Civil Veterinary Dept. North-West Frontier Province 1933-46 - 1933-1946
Year: 1933
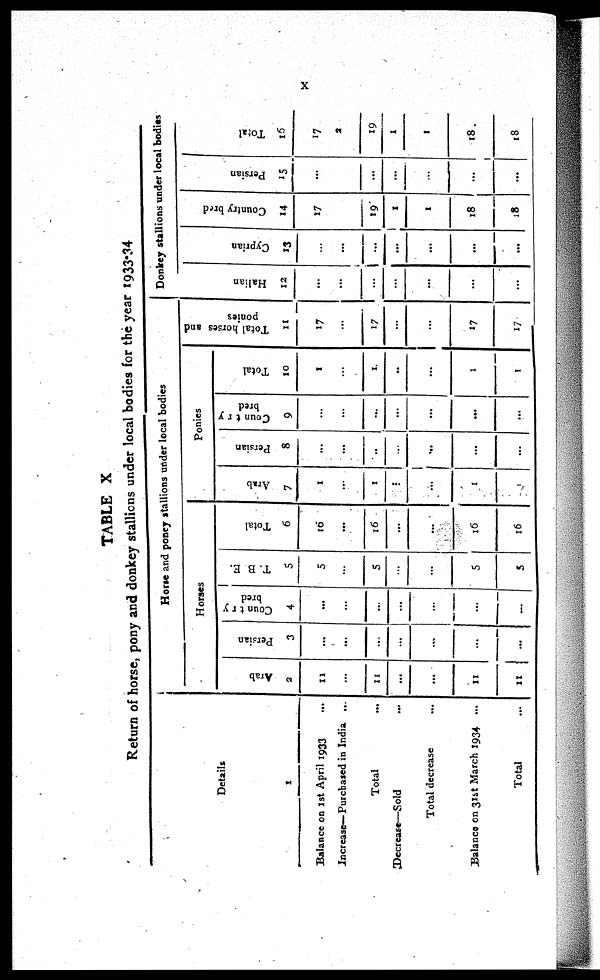
X
TABLE X
Return of horse, pony and donkey stallions under local bodies for the year 1933-34
Details
1
Balance on 1st April 1933 ...
Increase—Purchased in India. ...
Total ...
Decrease—Sold ...
Total decrease ...
Balance on 31st March 1934 ...
Total ...
Hone and poney stallions under local bodies
Horses
Arab
2
11
...
11
...
...
11
11
Persian
3
...
...
...
...
...
...
...
Country
bred
4
...
...
...
...
...
...
...
T. B. E.
5
5
...
5
...
...
5
5
Total
6
16
...
16
...
...
16
16
Ponies
Arab
7
1
...
1
...
...
1
1
Persian
8
...
...
..
...
...
...
...
Country
bred
9
...
...
...
...
...
...
...
Total
10
1
...
1
..
...
1
1
Total horses and
ponies
11
17
...
17
...
...
17
17
Donkey stallions under local bodies
Halian
12
...
...
...
...
...
...
...
Cyprian
13
...
...
...
...
...
...
...
Country bred
14
17
...
19
1
1
18
18
Persian
15
...
...
...
...
...
...
...
Total
16
17
2
19
1
1
18
18